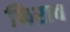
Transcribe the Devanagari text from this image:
फिराव